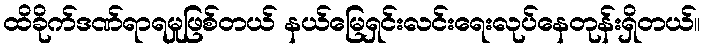
ထိခိုက်ဒဏ်ရာရမှုဖြစ်တယ် နယ်မြေရှင်းလင်းရေးလုပ်နေတုန်းရှိတယ်။